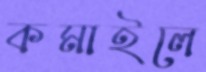
কমাইলে